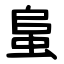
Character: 蛗